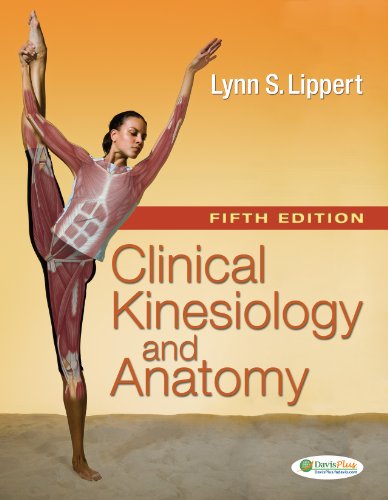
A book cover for Clinical Kinesiology and Anatomy (Clinical Kinesiology for Physical Therapist Assistants); Lynn S. Lippert PT  MS; Medical Books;